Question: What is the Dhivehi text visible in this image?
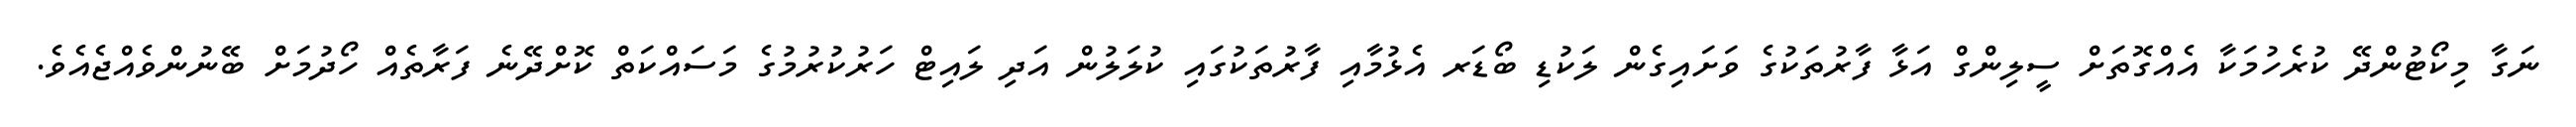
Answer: ނަގާ މިކޯޓުންދޭ ކުރެހުމަކާ އެއްގޮތަށް ސީލިންގް އަޅާ ފާރުތަކުގެ ވަށައިގެން ލަކުޑި ބޯޑަރ އެޅުމާއި ފާރުތަކުގައި ކުލަލުން އަދި ލައިޓް ހަރުކުރުމުގެ މަސައްކަތް ކޮށްދޭނެ ފަރާތެއް ހޯދުމަށް ބޭނުންވެއްޖެއެވެ.